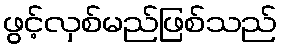
ဖွင့်လှစ်မည်ဖြစ်သည်